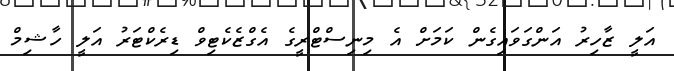
އަލީ ޒާހިރު އަންގަވައިގެން ކަމަށް އެ މިނިސްޓްރީގެ އެގްޒެކެޓިވް ޑިރެކްޓަރު އަލީ ހާޝިމް